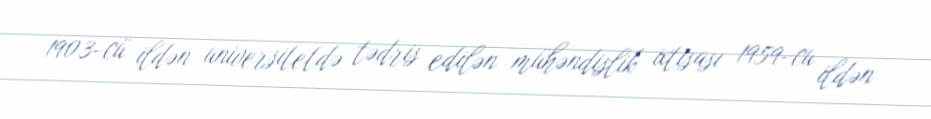
1903-cü ildən universitetdə tədris edilən mühəndislik ixtisası 1959-cu ildən